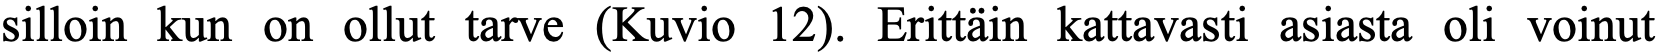
silloin kun on ollut tarve (Kuvio 12). Erittäin kattavasti asiasta oli voinut